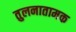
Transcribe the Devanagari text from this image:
तुलनातामक